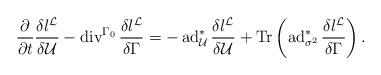
LaTeX: \begin{align*}\frac{\partial}{\partial t}\frac{\delta l^\mathcal{L}}{\delta\mathcal{U}}-\operatorname{div}^{\Gamma_0}\frac{\delta l^\mathcal{L}}{\delta\Gamma}=-\operatorname{ad}^*_{\mathcal{U}}\frac{\delta l^\mathcal{L}}{\delta\mathcal{U}}+\operatorname{Tr}\left(\operatorname{ad}^*_{\sigma^2}\frac{\delta l^\mathcal{L}}{\delta\Gamma}\right).\end{align*}